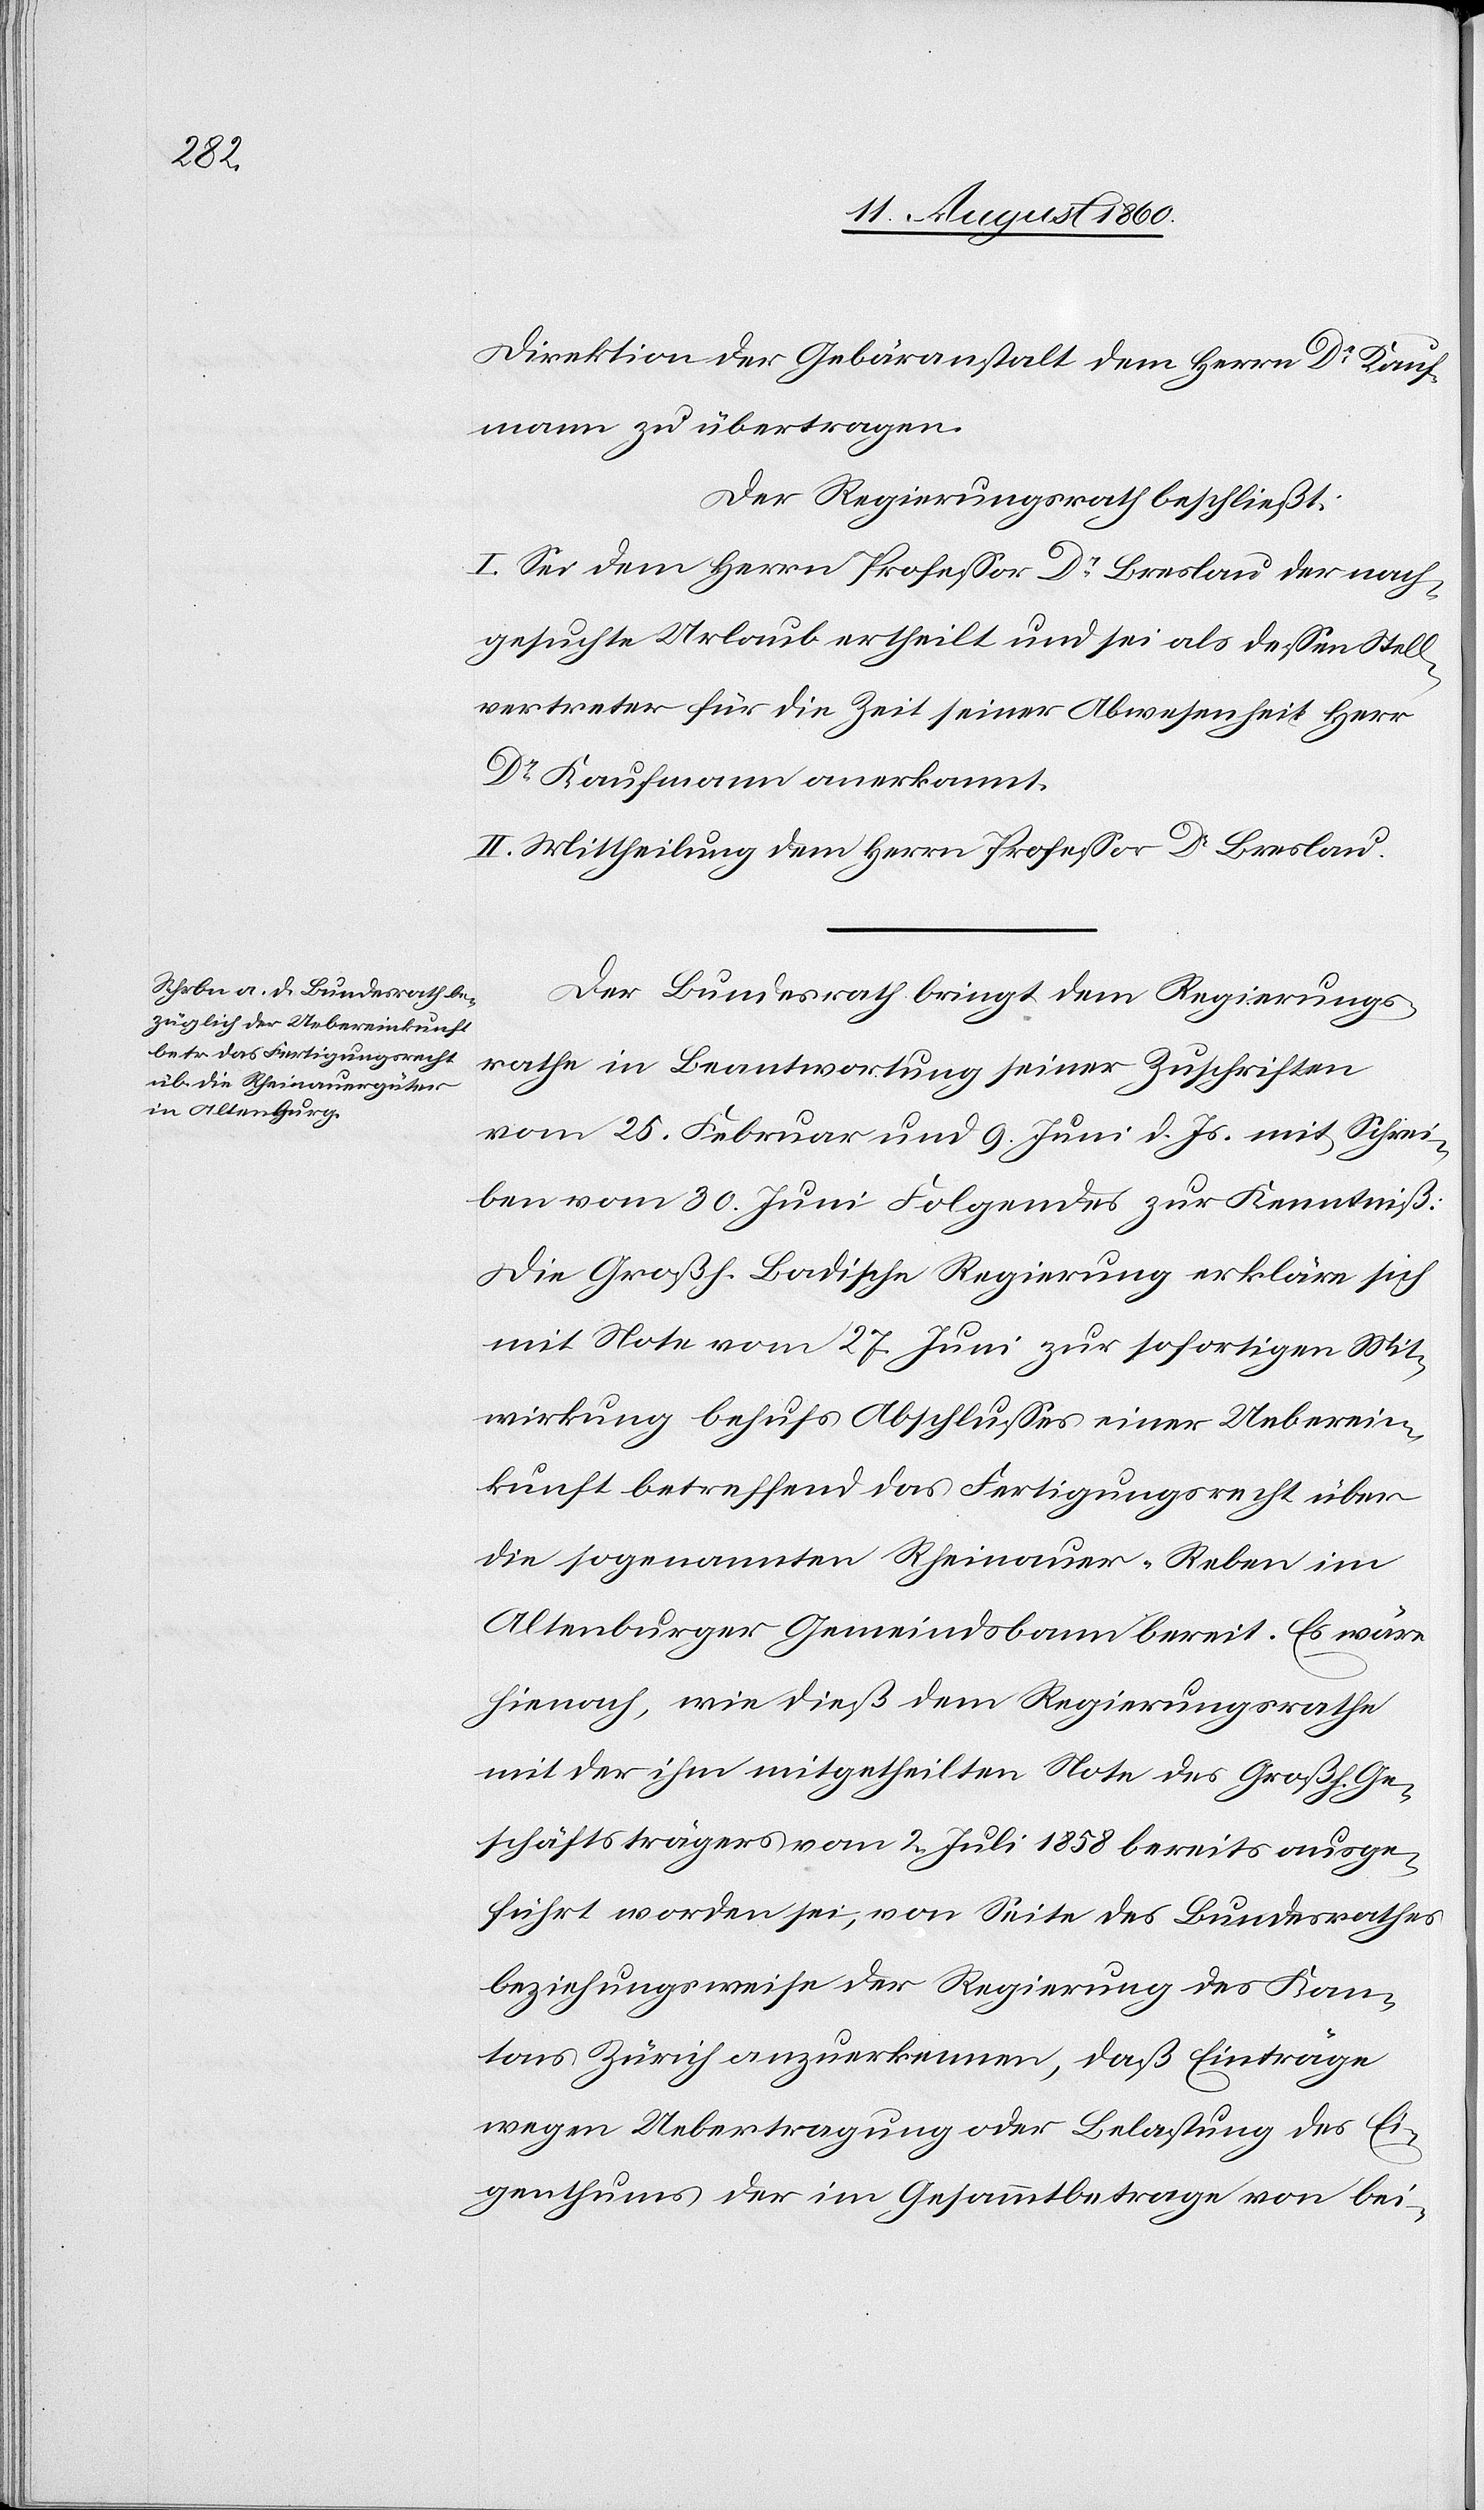
Schre¬

Direktion der Gebäranstalt dem Herrn Dr. Kauf¬
mann zu übertragen.
Der Regierungsrath beschliesst:
I. Sei dem Herrn Professor Dr. Breslau der nach¬
gesuchte Urlaub erheilt und sei als dessen Stell¬
vertreter für die Zeit seiner Abwesenheit Hr.
Dr Kaufmann anerkannt.
II. Mittheilung dem Herrn Professor Dr. Breslau.
Der Bundesrath bringt dem Regierungs¬
rathe in Beantwortung seiner Zuschriften
iben vom 30. Brachmonat Folgendes zur Kenntniss:
Die Grossh. Badische Regierung erkläre sich
mit Note vom 27. Brachmonat zur sofortigen Mit¬
wirkung Behufs Abschlusses einer Ueberein¬
kunft betreffend das Fertigungsrecht über
die sogenannten Rheinauer-Reben im
Altenburger Gemeindsbann bereit. Es wäre
hiernach, wie diess dem Regierungsrathe
mit der ihm mitgetheilten Note des Grossh. Ge¬
schäftsträgers vom 2. Heumonat 1858 bereits ausge¬
führt worden sei, von Seite des Bundesrathes
beziehungsweise der Regierung des Kan¬
tons Zürich anzuerkennen, dass Einträge
wegen Uebertragung oder Belastung des Ei¬
genthums der im Gesammtbetrage von bei-